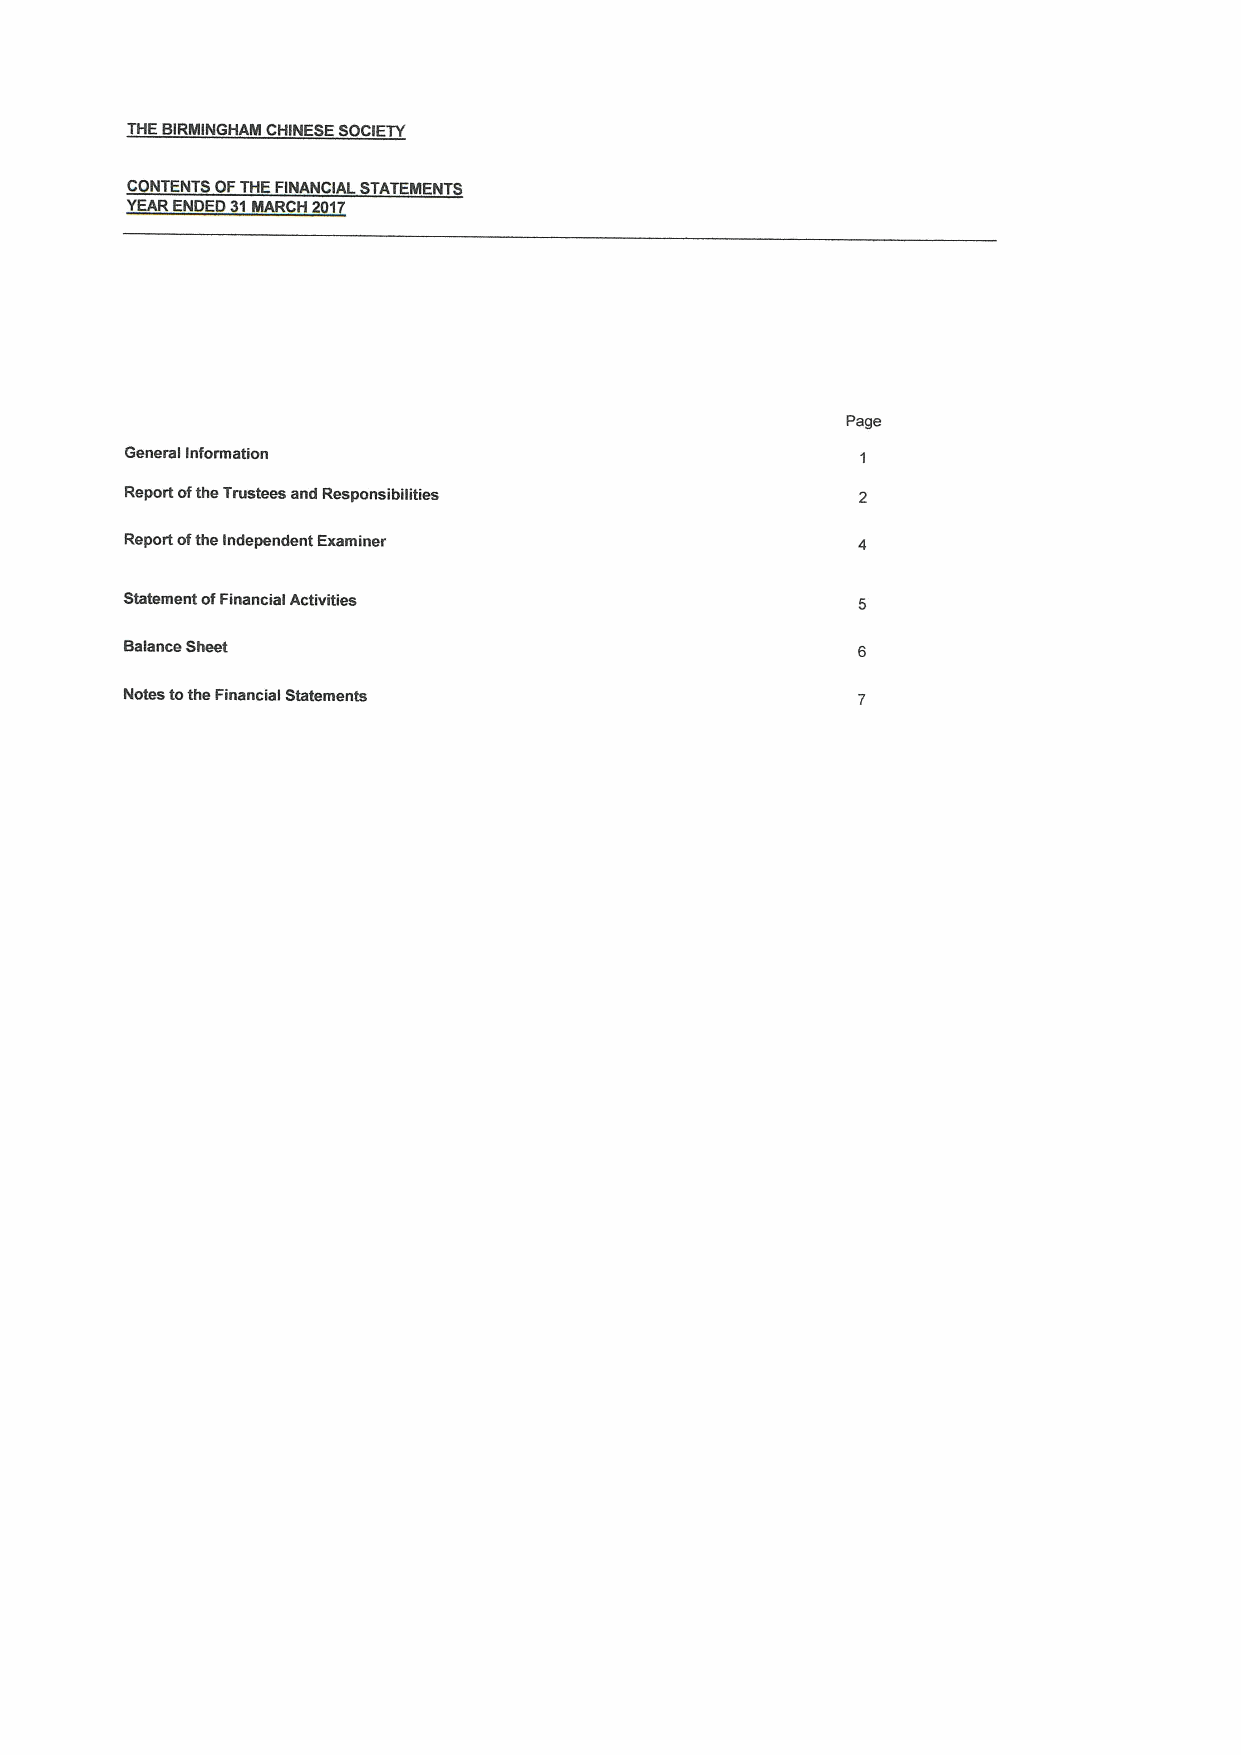
THEBIRMINGHAM CHINESE SOCIETY
 C NTENTS OFTHEFINANCIAL STATEMENTS
 YEARENDED 31MARCH 2017
 Page
 Generallnformation
 Report ofthe Trustees and Responsibilities
 Report ofthe Independent Examiner
 Statement ofFinancial Activities
 Balance Sheet
 Notes tothe Financial Statements